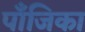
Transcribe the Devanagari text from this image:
पाँजिका